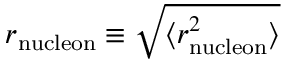
r _ { \mathrm { n u c l e o n } } \equiv \sqrt { \langle r _ { \mathrm { n u c l e o n } } ^ { 2 } \rangle }